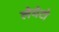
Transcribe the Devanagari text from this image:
लेगेटो